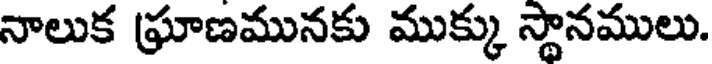
నాలుక ఘ్రాణమునకు ముక్కు స్థానములు.